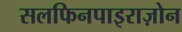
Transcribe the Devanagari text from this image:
सलफिनपाइराज़ोन